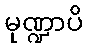
မုဏ္ဍာပိ